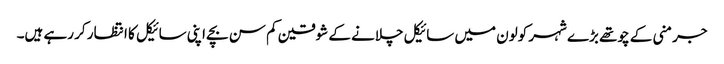
جرمنی کے چوتھے بڑے شہر کولون میں سائیکل چلانے کے شوقین کم سن بچے اپنی سائیکل کا انتظار کر رہے ہیں۔